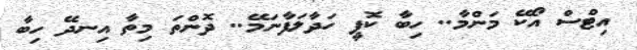
އިޓްސް އޯކޭ މަންމާ.. ހިބާ ކޮފީ ހަދާލަފާނަމޭ.. ދޮންތަ މިތާ އިނދޭ ހިބާ